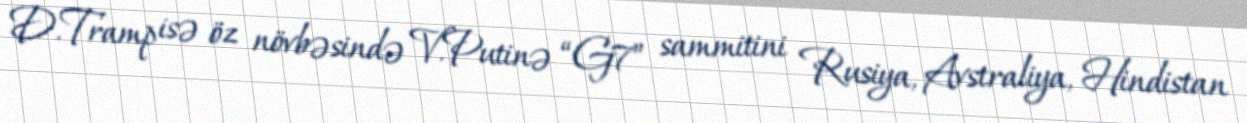
D.Tramp isə öz növbəsində V.Putinə “G7” sammitini Rusiya, Avstraliya, Hindistan